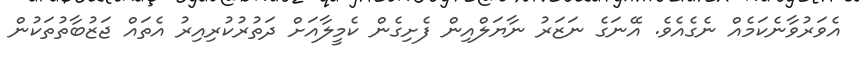
އެވަރުވާނެކަމެއް ނެގެއެވެ. އޭނަގެ ނަޒަރު ނާޔަލްއިން ފެށިގެން ކެމީލާއަށް ދަތުރުކުރިއިރު އެތައް ޖަޒުބާތުތަކުން